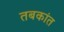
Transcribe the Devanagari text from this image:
तबकांत